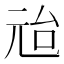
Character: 兘